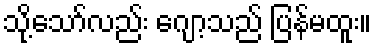
သို့သော်လည်း ဂျော့သည် ပြန်မထူး။